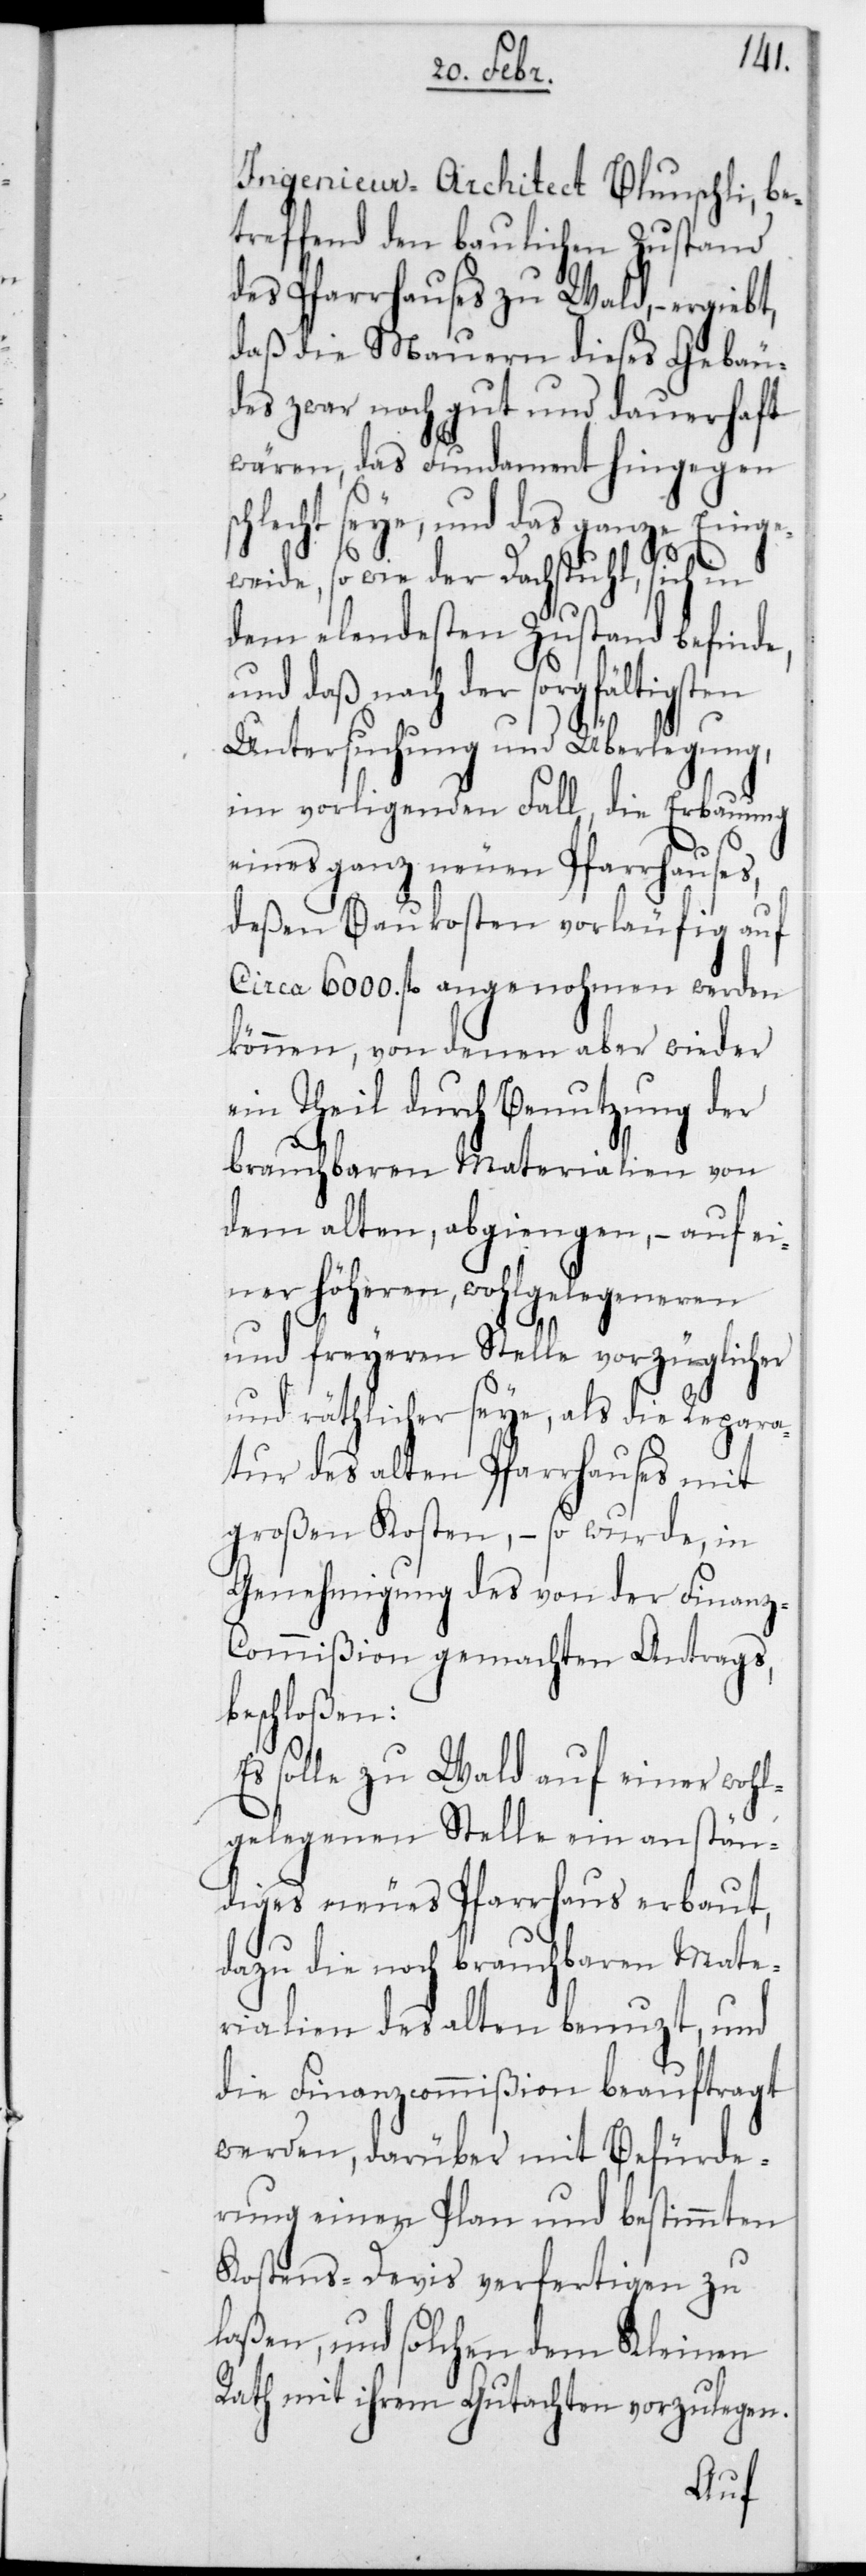
Ingenieur-Architect Blunschli, be¬
treffend den baulichen Zustand
des Pfarrhauses zu Wald, – ergibt,
daß die Mauern dieses Gebäu¬
des zwar noch gut und dauerhaft
wären, das Fundament hingegen s¬
chlecht seye, und das ganze Einge¬
weide, sowie der Dachstuhl, sich in
dem elendesten Zustand befinde,
daß nach der sorgfältigsten
Untersuchung und Überlegung,
im vorliegenden Fall, die Erbauung
eines ganz neuen Pfarrhauses,
deßen Baukosten vorläufig auf
Circa 6000 fl. angenohmen werden
können, von denen aber wieder
ein Theil durch Benutzung der
brauchbaren Materialien von
dem alten, abgingen, – auf ei¬
ner höheren, wohlgelegeneren
und freyeren Stelle vorzüglicher
und räthlicher seye, als die Repara¬
tur des alten Pfarrhauses mit
großen Kosten, – so wurde, in
Genehmigung des von der Finanz-C¬
ommißion gemachten Antrags,
beschloßen:
Es solle zu Wald auf einer wohl¬
gelegenen Stelle ein anstän¬
diges neues Pfarrhaus erbaut,
dazu die noch brauchbaren Mate¬
rialien des alten benutzt, und
die Finanzcommißion beauftragt
werden, darüber mit Befürde¬
rung einen Plan und bestimmten
Kostens-Devis verfertigen zu
laßen, und solchen dem Kleinen
Rath mit ihrem Gutachten vorzulegen.